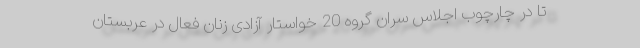
تا در چارچوب اجلاس سران گروه 20 خواستار آزادی زنان فعال در عربستان